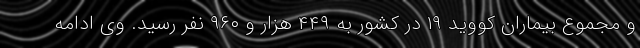
و مجموع بیماران کووید ۱۹ در کشور به ۴۴۹ هزار و ۹۶۰ نفر رسید. وی ادامه